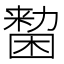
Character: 𠢷